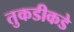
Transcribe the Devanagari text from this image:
तुकडीकडे